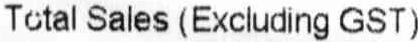
TOTAL SALES (EXCLUDING GST)